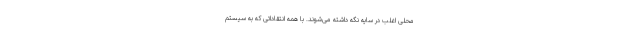
محلی اغلب در سایه نگه داشته می‌شوند. با همه انتقاداتی که به سیستم